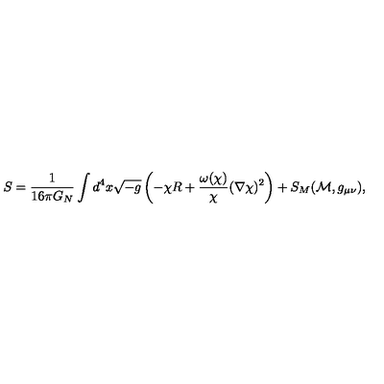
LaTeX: S = \frac { 1 } { 1 6 \pi G _ { N } } \int d ^ { 4 } x \sqrt { - g } \left( - \chi R + \frac { \omega ( \chi ) } { \chi } ( \nabla \chi ) ^ { 2 } \right) + S _ { M } ( { \cal M } , g _ { \mu \nu } ) ,